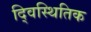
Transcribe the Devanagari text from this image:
द्विस्थितिक